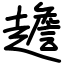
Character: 䟋